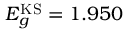
E _ { g } ^ { \mathrm { K S } } = 1 . 9 5 0